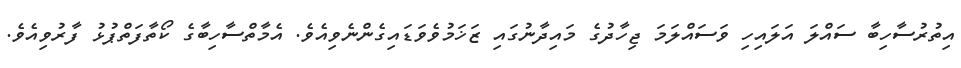
އިތުރުސާހިބާ ސައްލަ އަލައިހި ވަސައްލަމަ ޖިހާދުގެ މައިދާނުގައި ޒަޚަމުވެވަޑައިގެންނެވިއެވެ. އެމާތްސާހިބާގެ ކޯތާފަތްޕުޅު ފާރުވިއެވެ.